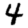
Digit: 4